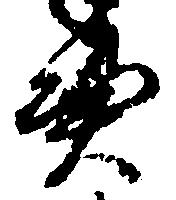
憑